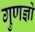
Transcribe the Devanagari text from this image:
गुणज्ञों